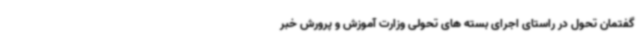
گفتمان تحول در راستای اجرای بسته های تحولی وزارت آموزش و پرورش خبر